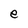
Character: e